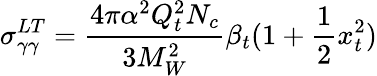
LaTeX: \sigma_{\gamma\gamma}^{LT}=\frac{4\pi\alpha^{2}Q_{t}^{2}N_{c}}{3M_{W}^{2}}\beta_{t}(1+\frac{1}{2}x_{t}^{2})